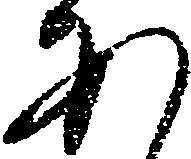
あ